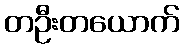
တဦးတယောက်